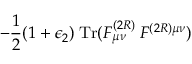
- \frac { 1 } { 2 } ( 1 + \epsilon _ { 2 } ) \: \mathrm { T r } ( F _ { \mu \nu } ^ { ( 2 R ) } \: F ^ { ( 2 R ) \mu \nu } )